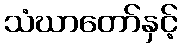
သံဃာတော်နှင့်